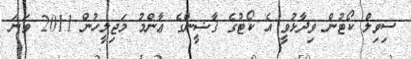
ސިވިލް ކޯޓުން ވިދާޅުވީ އެ ކޯޓުގެ ޤާޟީންގެ ޢާންމު މަޖިލީހުން 2011 ވަނަ